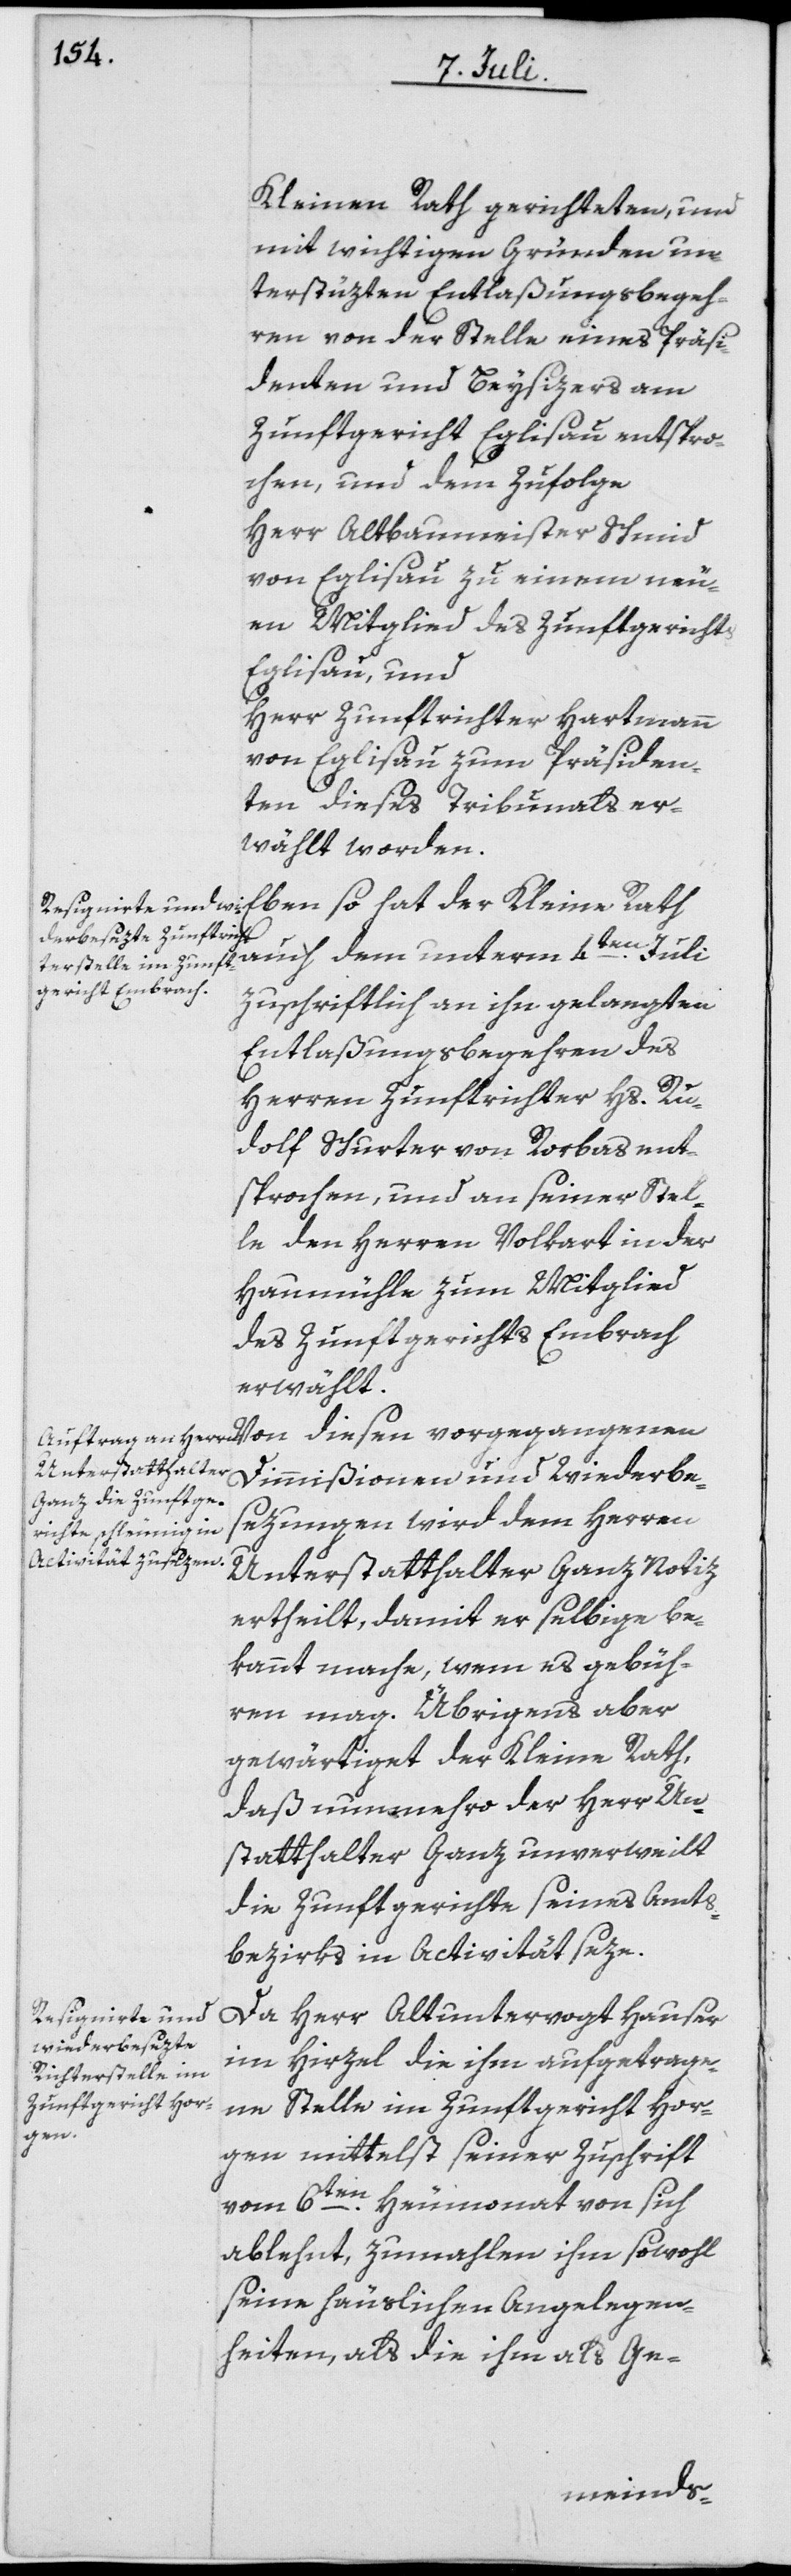
Kleinen Rath gerichteten, und
mit wichtigen Gründen un¬
terstüzten Entlaßungsbegeh¬
ren von der Stelle eines Präsi¬
denten und Beysizers am
Zunftgericht Eglisau entspro¬
chen, und dem zufolge
Herr Altbaumeister Schmid
von Eglisau zu einem neu¬
en Mitglied des Zunftgerichts
Eglisau, und
Herr Zunftrichter Hartmann
von Eglisau zum Präsiden¬
ten dieses Tribunals er¬
wählt worden.
Eben so hat der Kleine Rath
auch dem unterm 4ten Juli
zuschriftlich an ihn gelangten
Entlaßungsbegehren des
Herren Zunftrichter Hs. Ru¬
dolf Schurter von Rorbas ent¬
sprochen, und an seiner Stel¬
le den Herren Volkart in der
Haumühle zum Mitglied
des Zunftgerichts Embrach
erwählt.
Dimmißionen und Wiederbe¬
sezungen wird dem Herren
Unterstatthalter Ganz Notiz
ertheilt, damit er selbige be¬
kannt mache, wem es gebüh¬
ren mag. Übrigens aber
gewärtiget der Kleine Rath,
daß nunmehro der Herr Unter¬
statthalter Ganz unverweilt
die Zunftgerichte seines Amts¬
bezirks in Activität seze.
Da Herr Altuntervogt Hauser
im Hirzel die ihm aufgetrage¬
ne Stelle im Zunftgericht Hor¬
gen mittelst seiner Zuschrift
vom 6ten Heumonat von sich
ablehnt, zumahlen ihm sowohl
seine häuslichen Angelegen¬
heiten, als die ihm als Ge-